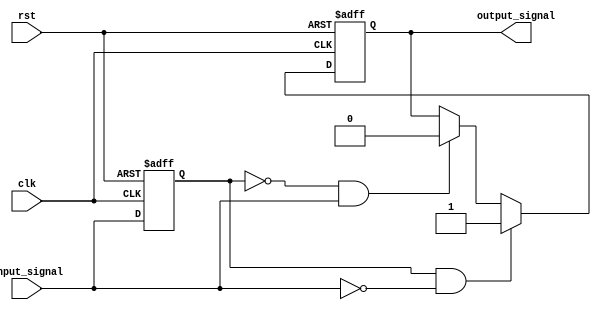
module Schmitt_trigger_inverter (
    input wire clk,
    input wire rst,
    input wire input_signal,
    output reg output_signal
);

parameter high_trip = 1'b1;
parameter low_trip = 1'b0;

reg prev_input;

always @ (posedge clk or posedge rst) begin
    if (rst) begin
        output_signal <= 1'b0;
        prev_input <= 1'b0;
    end else begin
        if (prev_input == high_trip && input_signal == low_trip) begin
            output_signal <= 1'b1;
        end else if (prev_input == low_trip && input_signal == high_trip) begin
            output_signal <= 1'b0;
        end
        prev_input <= input_signal;
    end
end

endmodule